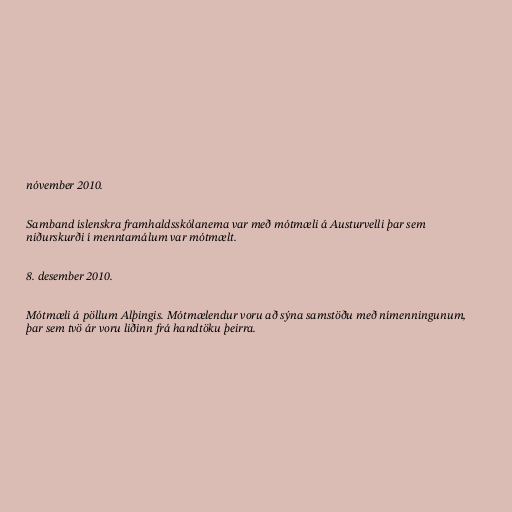
nóvember 2010.

Sam­band ís­lenskra fram­halds­skóla­nema var með mótmæli á Aust­ur­velli þar sem
niður­skurði í mennta­mál­um var mót­mælt.

8. desember 2010.

Mótmæli á pöllum Alþingis. Mótmælendur voru að sýna samstöðu með nímenningunum,
þar sem tvö ár voru liðinn frá handtöku þeirra.